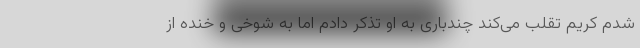
شدم کریم تقلب می‌کند چندباری به او تذکر دادم اما به شوخی و خنده از